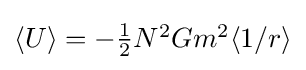
{\textstyle \langle U\rangle =-{\frac {1}{2}}N^{2}Gm^{2}\langle {1}/{r}\rangle }